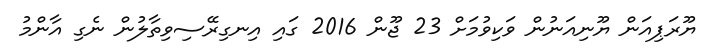
ޔޫރަޕިއަން ޔޫނިއަނުން ވަކިވުމަށް 23 ޖޫން 2016 ގައި އިނގިރޭސިވިތާލުން ނެގި އާންމު